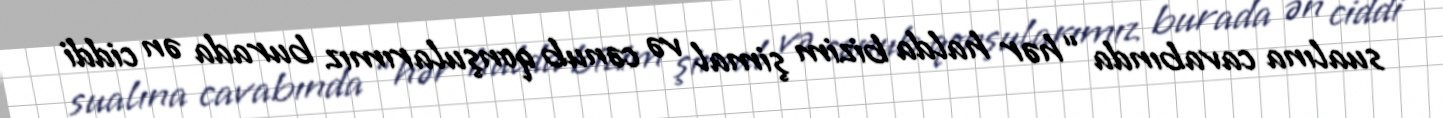
sualına cavabında “hər halda bizim şimal və cənub qonşularımız burada ən ciddi